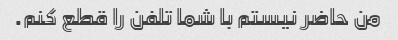
من حاضر نیستم با شما تلفن را قطع کنم.